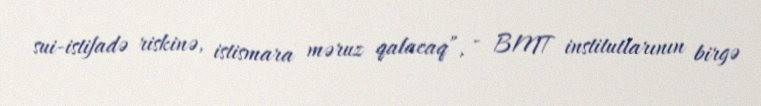
sui-istifadə riskinə, istismara məruz qalacaq”, - BMT institutlarının birgə